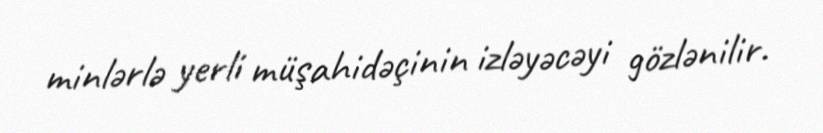
minlərlə yerli müşahidəçinin izləyəcəyi gözlənilir.